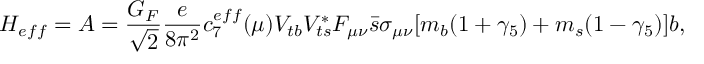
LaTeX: { \cal H } _ { e f f } = { \cal A } = \displaystyle \frac { G _ { F } } { \sqrt { 2 } } \displaystyle \frac { e } { 8 \pi ^ { 2 } } c _ { 7 } ^ { e f f } ( \mu ) V _ { t b } V _ { t s } ^ { * } F _ { \mu \nu } \bar { s } \sigma _ { \mu \nu } [ m _ { b } ( 1 + \gamma _ { 5 } ) + m _ { s } ( 1 - \gamma _ { 5 } ) ] b ,